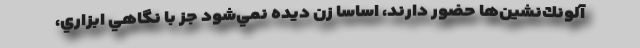
آلونك‌نشين‌ها حضور دارند، اساسا زن ديده نمي‌شود جز با نگاهي ابزاري،